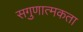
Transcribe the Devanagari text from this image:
सगुणात्मकता